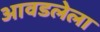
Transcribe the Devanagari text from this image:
आवडलेला